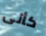
كأنى